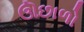
ઊછાળો